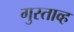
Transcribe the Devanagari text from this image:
गुस्ताव्ह